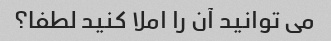
می توانید آن را املا کنید لطفا؟